Scottish Certificate of Education, 1963
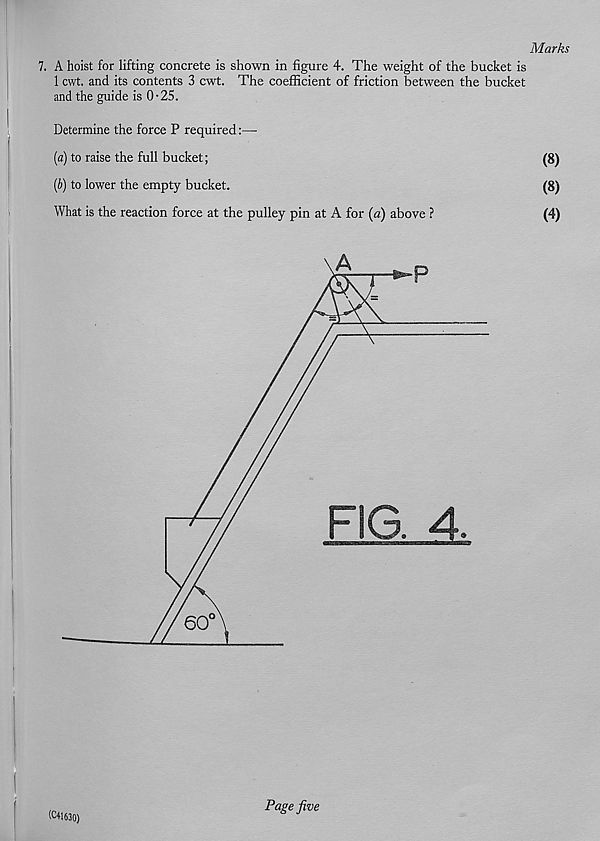
Marks
7. A hoist for lifting concrete is shown in figure 4. The weight of the bucket is
1 cwt. and its contents 3 cwt. The coefficient of friction between the bucket
and the guide is 0-25.
Determine the force P required:—
[a) to raise the full bucket;
(8)
(b) to lower the empty bucket.
(8)
What is the reaction force at the pulley pin at A for (a) above ?
(4)
1^1630)
Page five